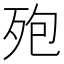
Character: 𪵀